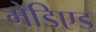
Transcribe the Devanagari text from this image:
मेडिएड